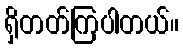
ရှိတတ်ကြပါတယ်။